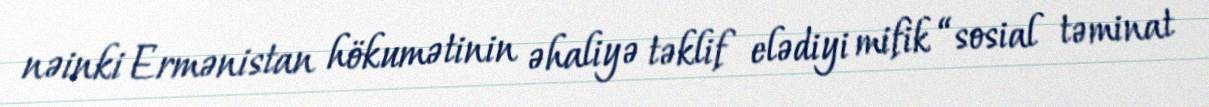
nəinki Ermənistan hökumətinin əhaliyə təklif elədiyi mifik “sosial təminat